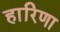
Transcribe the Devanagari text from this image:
हारिणा